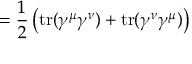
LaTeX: = { \frac { 1 } { 2 } } \left( \operatorname { t r } ( \gamma ^ { \mu } \gamma ^ { \nu } ) + \operatorname { t r } ( \gamma ^ { \nu } \gamma ^ { \mu } ) \right)